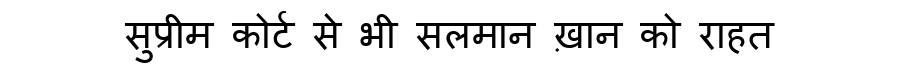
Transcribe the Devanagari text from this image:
सुप्रीम कोर्ट से भी सलमान ख़ान को राहत